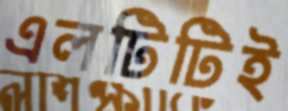
এলটিটিই